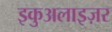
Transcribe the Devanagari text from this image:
इकुअलाइज़र